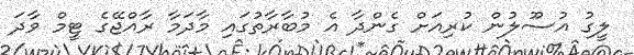
ލީގު އުސޫލުން ކުރިއަށް ގެންދާ އެ މުބާރާތުގައި މާދަމާ ރާއްޖޭގެ ޓީމް ވާދަ